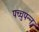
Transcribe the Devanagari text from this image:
पच्चुपन्न